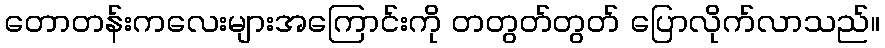
တောတန်းကလေးများအကြောင်းကို တတွတ်တွတ် ပြောလိုက်လာသည်။